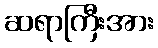
ဆရာကြီးအား